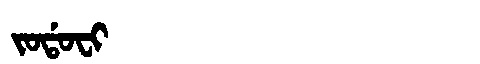
Manchu: ᠵᠣᡩᠣᠸᡳ
Romanization: JODOFI